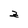
Character: z